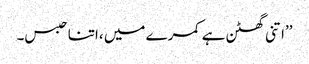
’’اتنی گھٹن ہے کمرے میں ،اتنا حبس۔